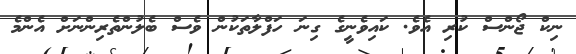
ނިކް ޖޯންސް ކުރި އެވެ. ކައިވެނީގެ ގިނަ ހަފްލާތަކުން ވެސް ބެލުންތެރިންނަށް އެންމެ